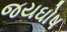
જયઘોષ